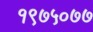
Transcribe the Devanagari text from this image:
१९७५०७७